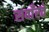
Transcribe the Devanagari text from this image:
सवाँरते